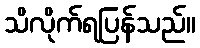
သိလိုက်ရပြန်သည်။